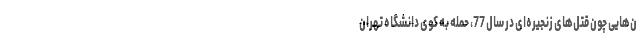
ن‌هایی چون قتل‌های زنجیره‌ای در سال 77، حمله به کوی دانشگاه تهران